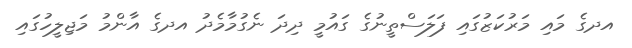
އދގެ މައި މަރުކަޒުގައި ފަލަސްތީނުގެ ގައުމީ ދިދަ ނެގުމާމެދު އދގެ އާންމު މަޖިލީހުގައި